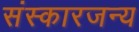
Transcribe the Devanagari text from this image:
संस्कारजन्य